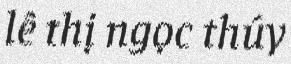
lê thị ngọc thúy